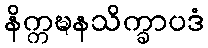
နိက္ကဍ္ဎနသိက္ခာပဒံ